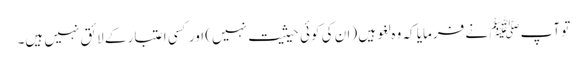
تو آپﷺ نے فرمایا کہ وہ لغو ہیں (ان کی کوئی حیثیت نہیں) اور کسی اعتبار کے لائق نہیں ہیں۔